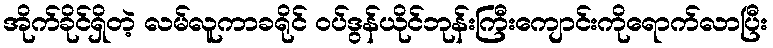
အိုက်ခိုင်ရှိတဲ့ လမ်လူကာခရိုင် ဝပ်ဒွန်ယိုင်ဘုန်းကြီးကျောင်းကိုရောက်လာပြီး